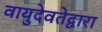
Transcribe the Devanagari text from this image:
वायुदेवतेद्वारा